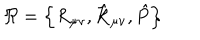
LaTeX: \Re = \left\{ R _ { \mu \nu } , { \hat { \cal R } } _ { \mu \nu } , { \hat { P } } \right\}